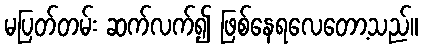
မပြတ်တမ်း ဆက်လက်၍ ဖြစ်နေရလေတော့သည်။